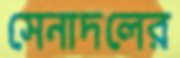
সেনাদলের